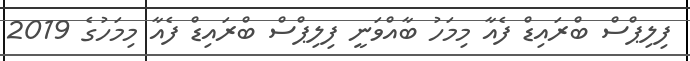
ފިލިޕްސް ބްރައިޑް ފެއާ މިމަހު ބާއްވަނީ ފިލިޕްސް ބްރައިޑް ފެއާ މިމަހުގެ 2019